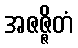
အဇဇ္ဇိတံ